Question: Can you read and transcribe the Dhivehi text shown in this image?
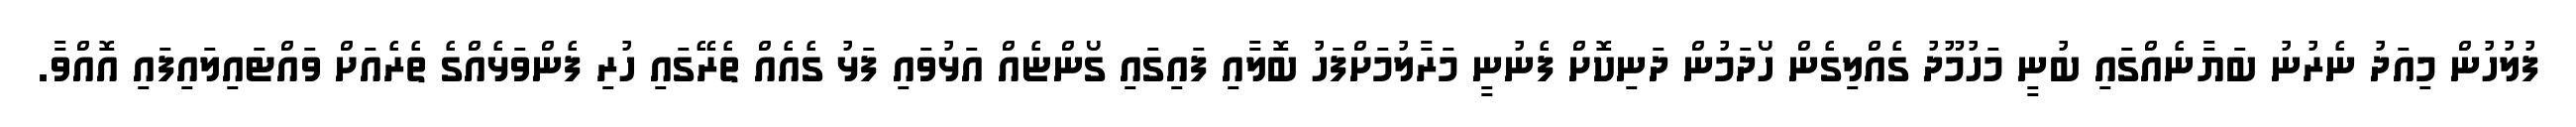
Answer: ފުލުހުން މިއަދު ނެރުނު ބަޔާނެއްގައި ބުނީ މަހުމޫދު ގެއްލިގެން ހޯދަމުން ދަނިކޮށް ފެނުނީ މަރާލުމަށްފަހު ބޮލާއި ފައިގައި ގޯންޏެއް އަޅުވައި ފަޅު ގެއެއް ތެރޭގައި ހުރި ފެންވަޅެއްގެ ތެރެއަށް ވައްޓައިލައިފައި އޮއްވާ.